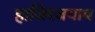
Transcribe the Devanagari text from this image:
हाजिरजवाब